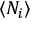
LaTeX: \langle N _ { i } \rangle